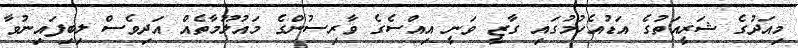
މިއަދުގެ ޝަރީއަތުގެ އަޑުއެހުމުގައި ގާޒީ ވަނީ އިއްސެގެ ވާރިސުންގެ މައުލޫމާތެއް އަދިވެސް ލިބިފައިނުވާ